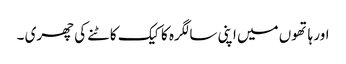
اور ہاتھوں میں اپنی سالگرہ کا کیک کاٹنے کی چھری ۔